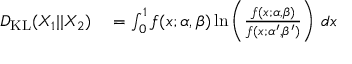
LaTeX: \begin{array} { r l } { D _ { \mathrm { K L } } ( X _ { 1 } | | X _ { 2 } ) } & { { } = \int _ { 0 } ^ { 1 } f ( x ; \alpha , \beta ) \ln \left( { \frac { f ( x ; \alpha , \beta ) } { f ( x ; \alpha ^ { \prime } , \beta ^ { \prime } ) } } \right) \, d x } \end{array}